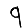
Digit: 9